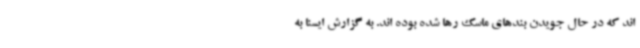
اند که در حال جویدن بندهای ماسک رها شده بوده اند. به گزارش ایسنا به